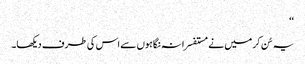
‘‘
یہ سُن کر میں نے مستفسرانہ نگاہوں سے اس کی طرف دیکھا۔